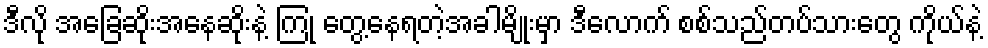
ဒီလို အခြေဆိုးအနေဆိုးနဲ့ ကြုံ တွေ့နေရတဲ့အခါမျိုးမှာ ဒီလောက် စစ်သည်တပ်သားတွေ ကိုယ်နဲ့